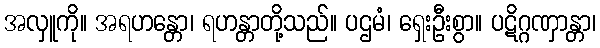
အလှူကို။ အရဟန္တော၊ ရဟန္တာတို့သည်။ ပဌမံ၊ ရှေးဦးစွာ။ ပဋိဂ္ဂဏှာန္တာ၊